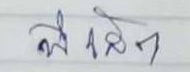
พี่เล็ก